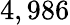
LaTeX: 4,986